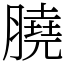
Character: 膮